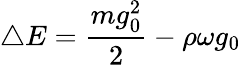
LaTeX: \bigtriangleup E=\frac{mg_{0}^{2}}{2}-\rho\omega g_{0}